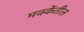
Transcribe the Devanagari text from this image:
मक्केंतील